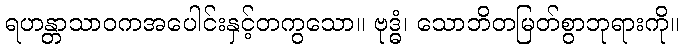
ရဟန္တာသာဝကအပေါင်းနှင့်တကွသော။ ဗုဒ္ဓံ၊ သောဘိတမြတ်စွာဘုရားကို။